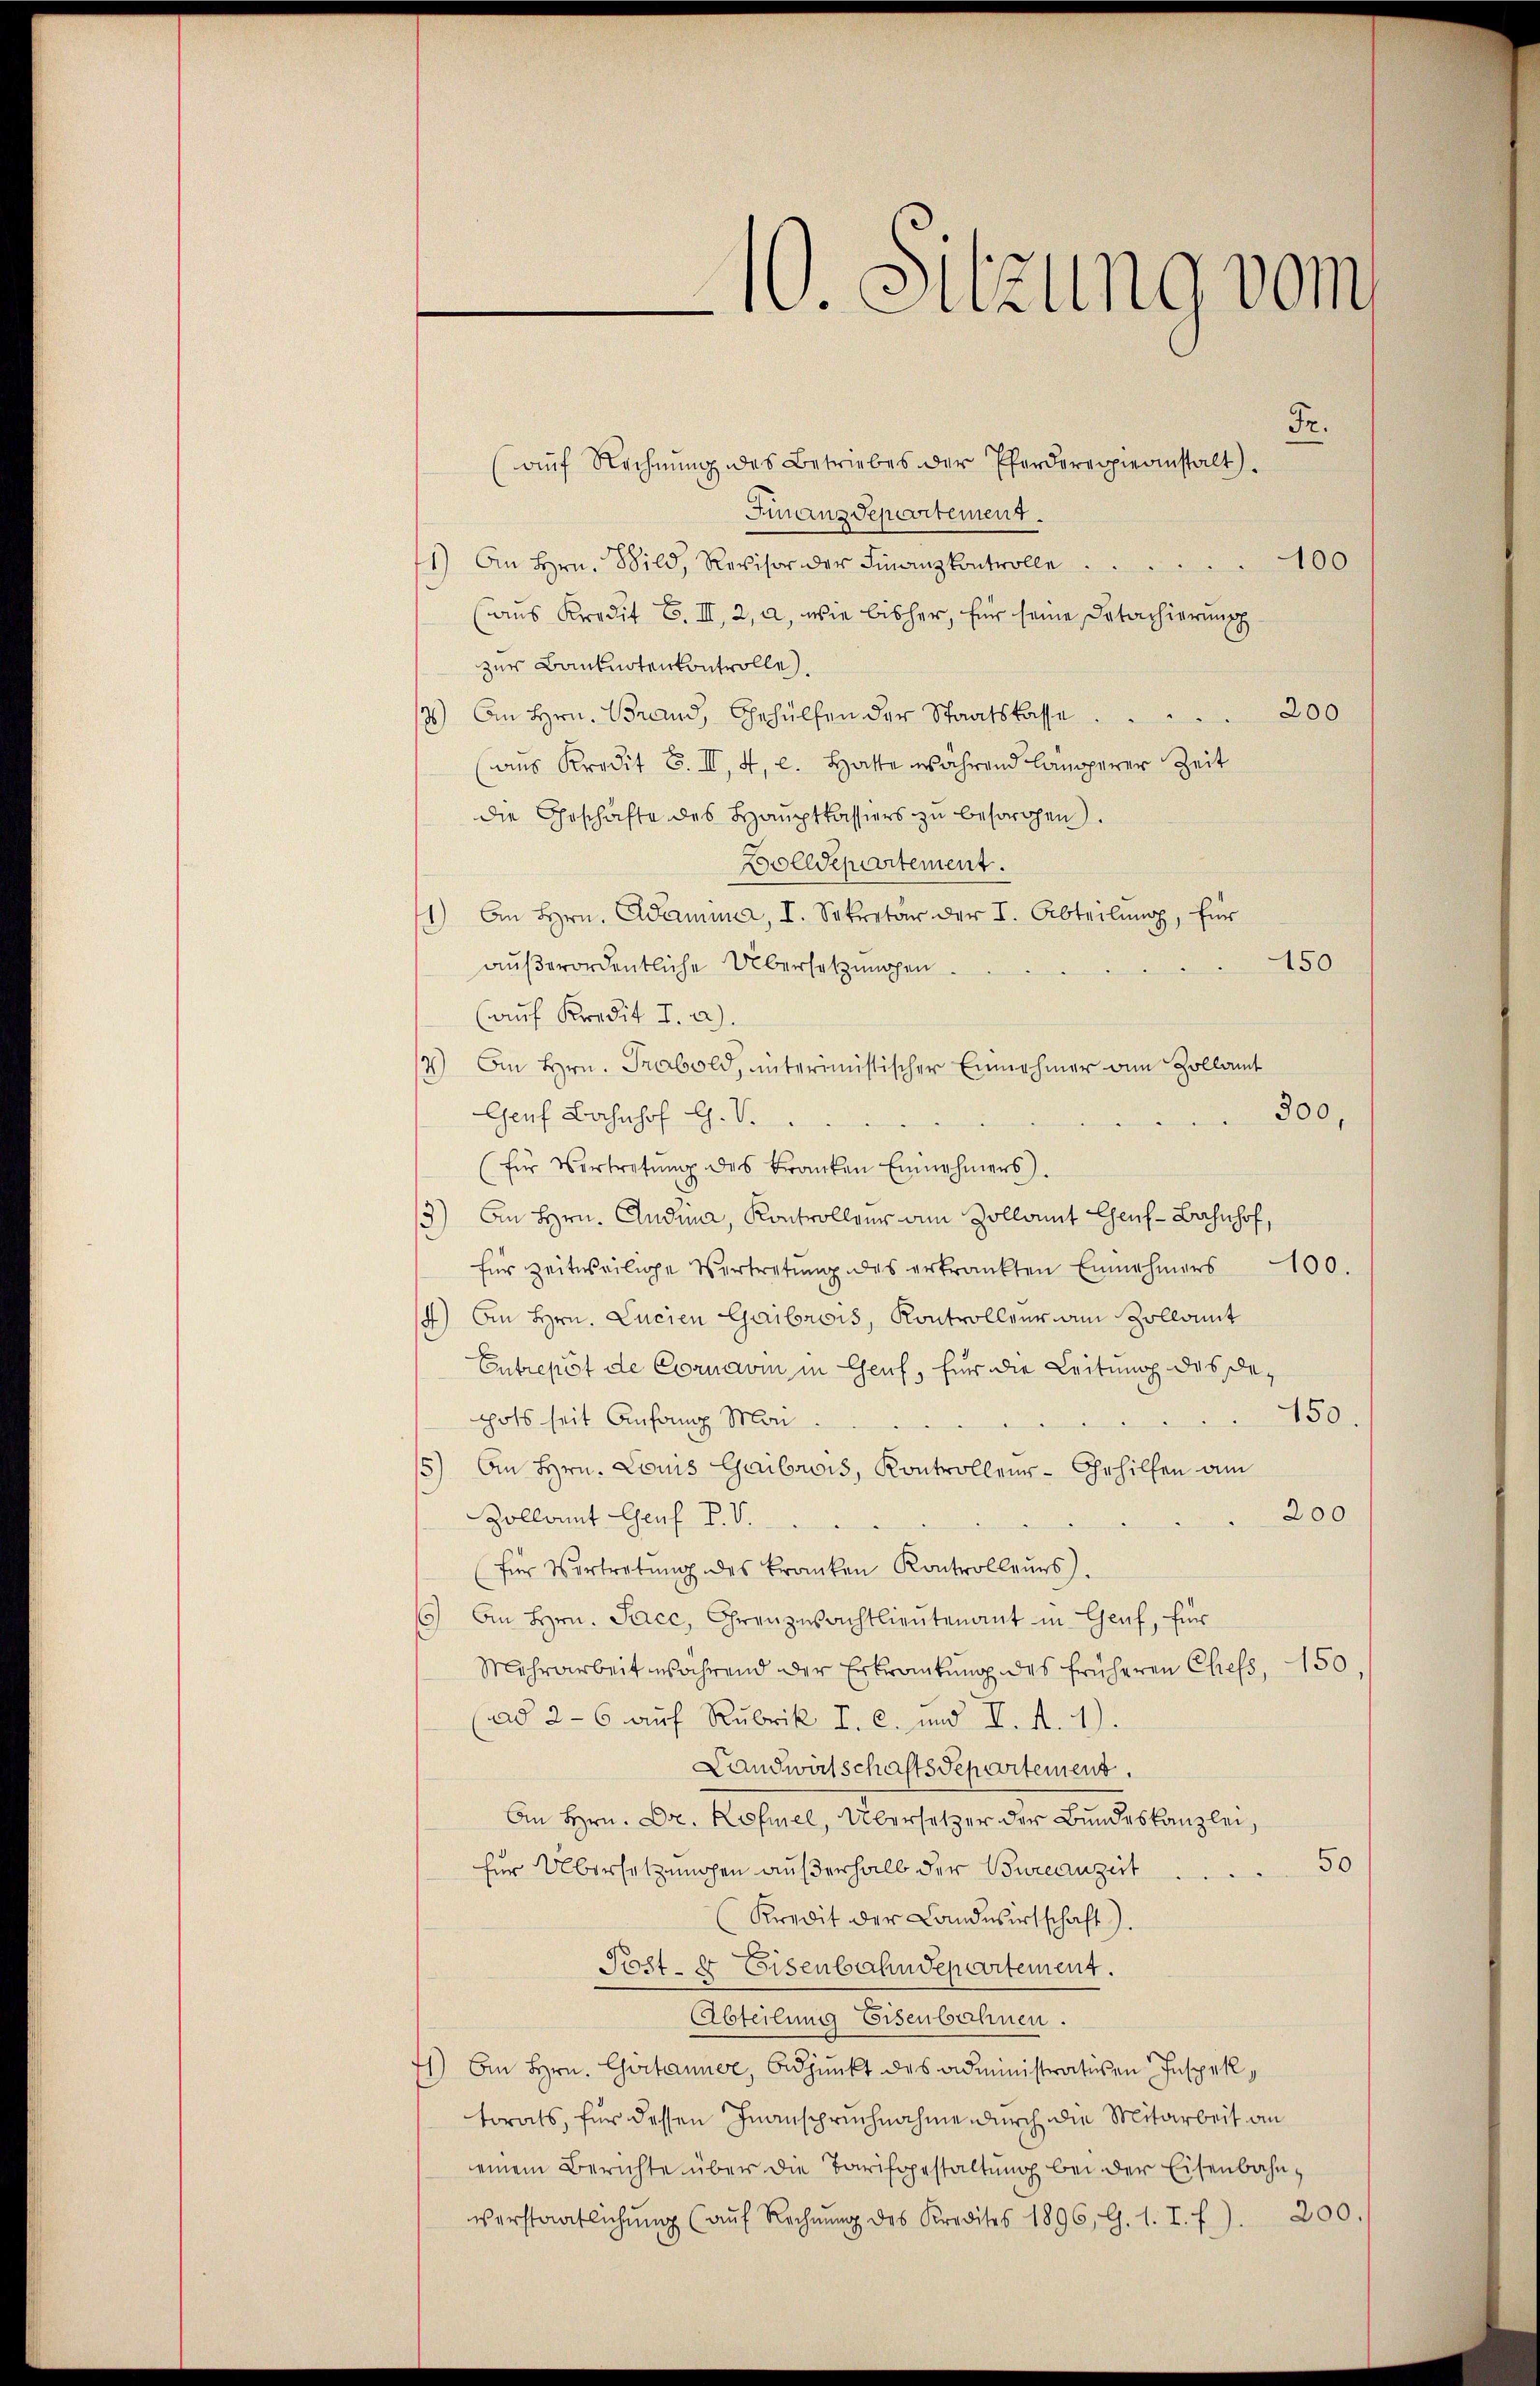
10. Sitzung vom

Fr.
(auf Rechnŭng des Betriebes der Pferdererpieanstalt.
Finanzdepartement.
1) An Hrn. Bild, Revisor der Finanzkontrolle
100
(aus Kredit F. III, 2, a, wie bisher, für seine Detachierung
zur Banknotenkontrolle.
200
3) An Hrn. Brand, Gehülfen der Staatskasse
(aus Kredit F. II, 4, l. Hatte während längerer Zeit
die Geschäfte des Haŭptkassiers zu besorgen).
Bolldepartement.
1) An Hrn. Adamma, I. Sekretär der I. Abteilŭng, für
150
außerordentliche Übersetzungen
(auf Kredit I. a).
4) An Hrn. Trabold, unterimistischer Einnahmer von Zollamt
Genf Bahnhof G. V.
300,
(für Vertretŭng des Franken Einnehmers.
3)
An Hrn. Andina, Kontrolleur am Zollamt Genf - Bahnhof,
für zeitweilige Vertretŭng des erkrankten Einnahmers 100.
4) Am Hrn. Lucien Gaibrois, Kontrolleur am Zollamit
Entrepot de Cornavi in Genf, für die Leitung des De¬
150.
pots seit Anfang Mon
15) An Hrn. Louis Gaibrois, Kontrollen-Gehilfen am
200
Zollamt Genf P. V.
für Vertretŭng des Franken Kontrolleurs.
15) An Hrn. Jacc, Ohrenzwachtlieutenant in Genf, für
Mehrarbeit während der Erkrankung des früheren Chefs, 150,
(ad 26 auf Rubrik I. C. und I. A. 1).
Landwirtschaftsdepartement.
An Hrn. Dr. Kofiel, Übersetzer der Bundeskanzlei,
50
für Übersetzungen außerhalb der Bureauzeit
Kredit der Landwirtschaft).
Post- & Eisenbahndepartement.
Abteilung Eisenbahnen.
4) Am Hrn. Chirtanner, Adjunkt des Administrativen Inspektorats, für dessen Inanspruchnahme durch die Mitarbeit an
einem Berichte über die Tarifgestaltung bei der Eisenbahnverstaatlichŭng (auf Rechnŭng des Kredites 1896, G. 1. I. f.). 200.